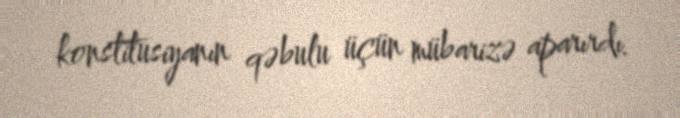
konstitusiyanın qəbulu üçün mübarizə aparırdı.